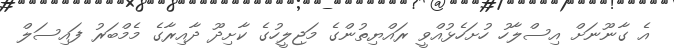
އެ ގާނޫނަށް އިސްލާހު ހުށަހެޅުއްވީ ރައްޔިތުންގެ މަޖިލީހުގެ ކާށިދޫ ދާއިރާގެ މެމްބަރު ފައިސަލް